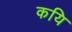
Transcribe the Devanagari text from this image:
कयि